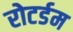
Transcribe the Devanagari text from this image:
रोटर्डम